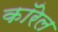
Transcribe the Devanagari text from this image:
कॉरेल